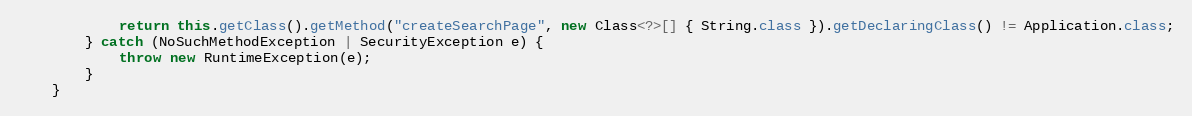
Language: Java
			return this.getClass().getMethod("createSearchPage", new Class<?>[] { String.class }).getDeclaringClass() != Application.class;
		} catch (NoSuchMethodException | SecurityException e) {
			throw new RuntimeException(e);
		}
	}